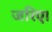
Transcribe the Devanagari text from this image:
जरिए।